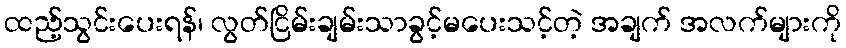
ထည့်သွင်းပေးရန်၊ လွတ်ငြိမ်းချမ်းသာခွင့်မပေးသင့်တဲ့ အချက် အလက်များကို